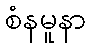
စံနမူနာ